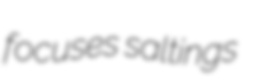
focuses saltings